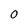
Character: 0